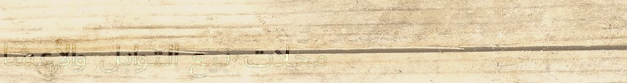
محلات بيع التوابل والأعشا